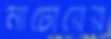
নাটোরের